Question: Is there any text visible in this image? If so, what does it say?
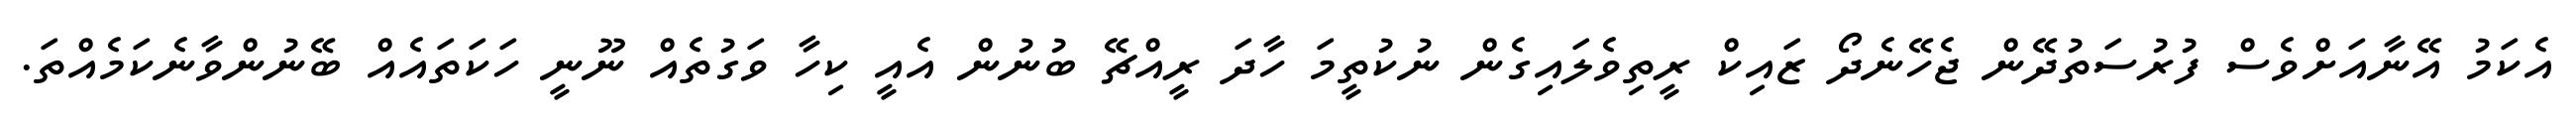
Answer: އެކަމު އޭނާއަށްވެސް ފުރުސަތުދޭން ޖެހޭނެދޯ ޒައިކް ރީތިވެލައިގެން ނުކުތީމަ ހާދަ ރީއްޗޭ ބުނުން އެއީ ކިހާ ވަގުތެއް ނޫނީ ހަކަތައެއް ބޭނުންވާނެކަމެއްތަ.